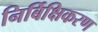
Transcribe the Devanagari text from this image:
निर्बिक्षिकरण